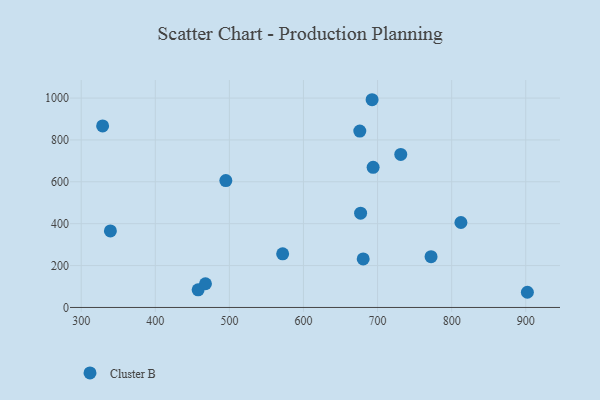
{"axis": {"x": "Experience", "y": "Salary"}, "legend": ["Cluster B"], "data": [{"x": "571.9", "y": 256.2, "type": "Cluster B"}, {"x": "694.0", "y": 669.3, "type": "Cluster B"}, {"x": "680.6", "y": 231.7, "type": "Cluster B"}, {"x": "677.1", "y": 450.2, "type": "Cluster B"}, {"x": "692.6", "y": 992.0, "type": "Cluster B"}, {"x": "676.0", "y": 842.5, "type": "Cluster B"}, {"x": "902.2", "y": 72.5, "type": "Cluster B"}, {"x": "495.2", "y": 605.7, "type": "Cluster B"}, {"x": "328.9", "y": 866.7, "type": "Cluster B"}, {"x": "731.3", "y": 730.8, "type": "Cluster B"}, {"x": "339.4", "y": 365.4, "type": "Cluster B"}, {"x": "772.2", "y": 242.4, "type": "Cluster B"}, {"x": "457.8", "y": 84.3, "type": "Cluster B"}, {"x": "467.7", "y": 113.2, "type": "Cluster B"}, {"x": "812.5", "y": 405.8, "type": "Cluster B"}]}